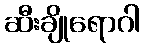
ဆီးချိုရောဂါ